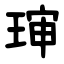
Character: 㻘